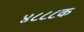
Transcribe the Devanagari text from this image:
४८८८क